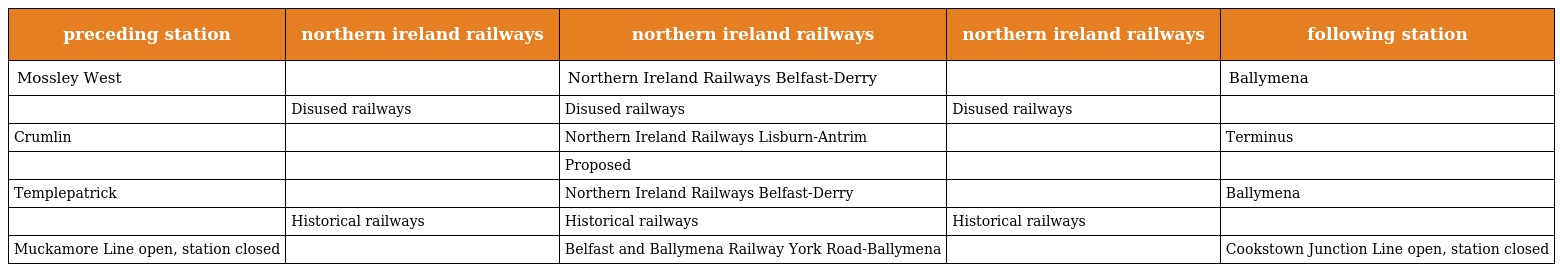
| preceding station | northern ireland railways | northern ireland railways | northern ireland railways | following station |
 | --- | --- | --- | --- | --- |
 | Mossley West |  | Northern Ireland Railways Belfast-Derry |  | Ballymena |
 |  | Disused railways | Disused railways | Disused railways |  |
 | Crumlin |  | Northern Ireland Railways Lisburn-Antrim |  | Terminus |
 |  |  | Proposed |  |  |
 | Templepatrick |  | Northern Ireland Railways Belfast-Derry |  | Ballymena |
 |  | Historical railways | Historical railways | Historical railways |  |
 | Muckamore Line open, station closed |  | Belfast and Ballymena Railway York Road-Ballymena |  | Cookstown Junction Line open, station closed |